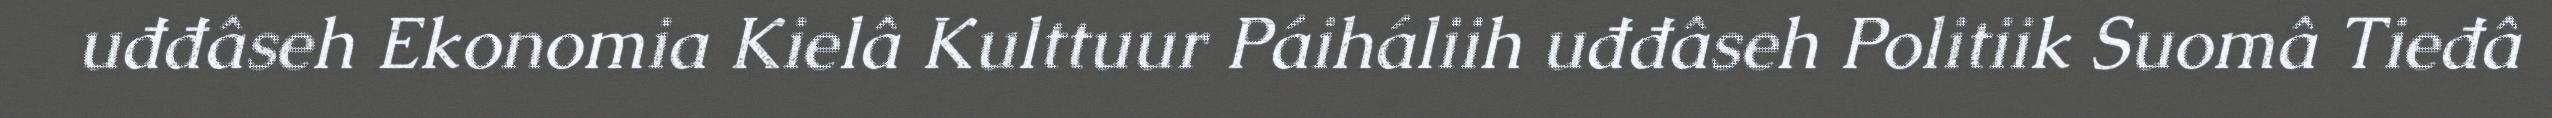
uđđâseh Ekonomia Kielâ Kulttuur Páiháliih uđđâseh Politiik Suomâ Tieđâ